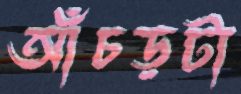
আঁচড়টা